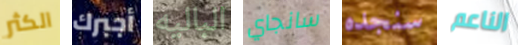
الكثر أجبرك الباليه سانجاي سنجده الناعم